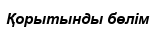
Қорытынды бөлім